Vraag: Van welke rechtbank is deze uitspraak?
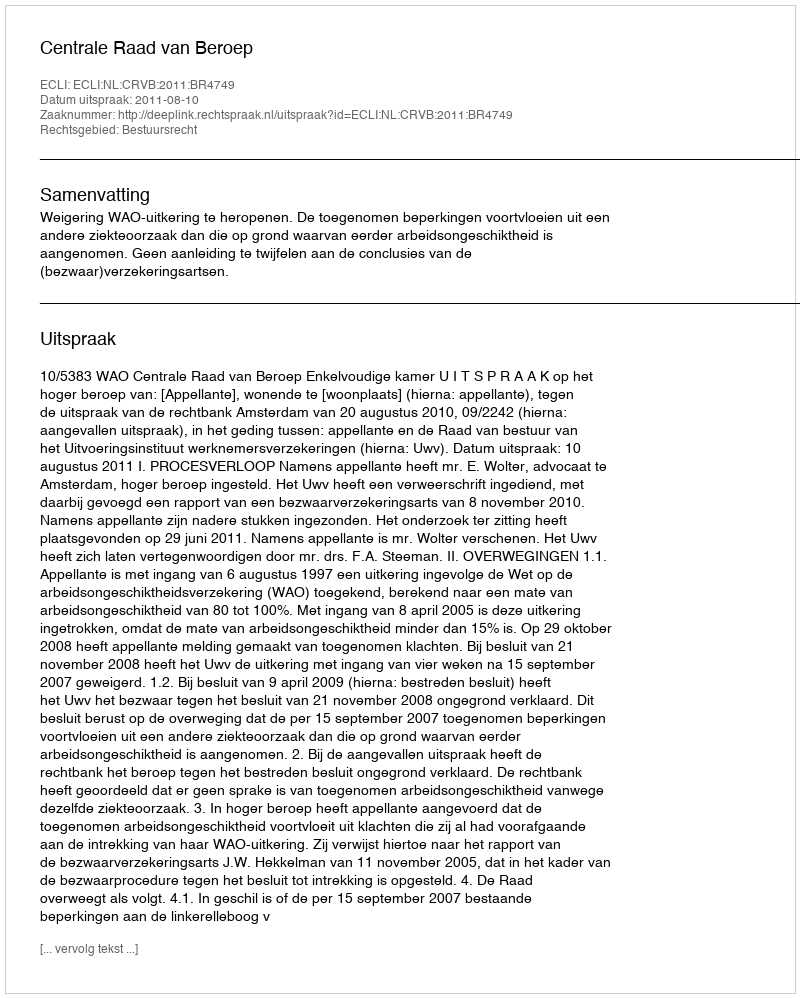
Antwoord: Centrale Raad van Beroep